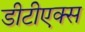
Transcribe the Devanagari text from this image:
डीटीएक्स